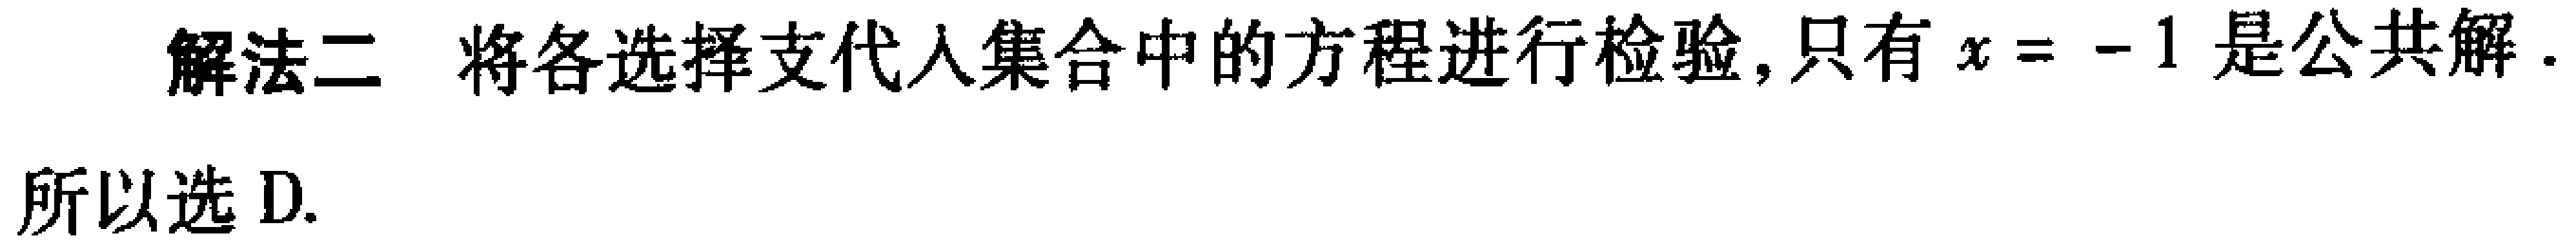
解法二 将各选择支代入集合中的方程进行检验,只有\(x = - 1\)是公共解.
所以选D.